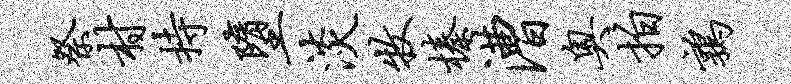
祭村持堕淡牧榛漕奥拍鹑